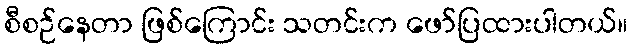
စီစဉ်နေတာ ဖြစ်ကြောင်း သတင်းက ဖော်ပြထားပါတယ်။